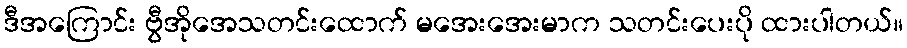
ဒီအကြောင်း ဗွီအိုအေသတင်းထောက် မအေးအေးမာက သတင်းပေးပို ထားပါတယ်။